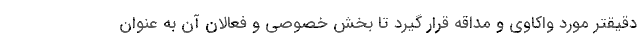
دقیقتر مورد واکاوی و مداقه قرار گیرد تا بخش خصوصی و فعالان آن به عنوان